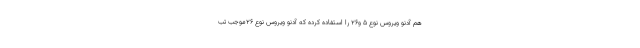
هم آدنو ویروس نوع 5 و26 را استفاده کرده که آدنو ویروس نوع 26موجب تب